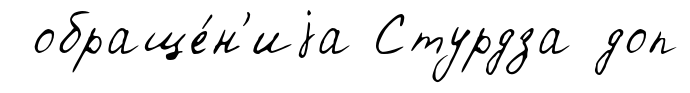
обраще́н'иjа Стурдза доп